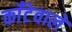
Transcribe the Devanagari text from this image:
काँटेवाले